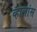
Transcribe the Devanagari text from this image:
व्हालांस